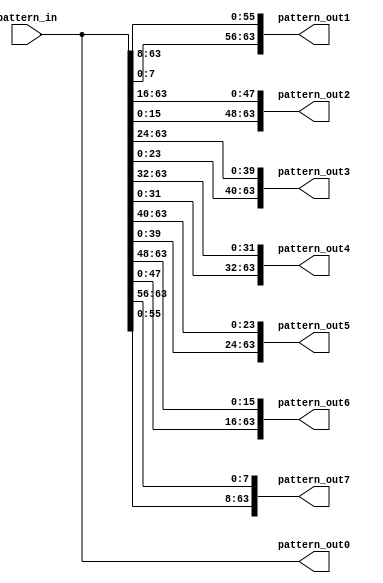
`timescale 1ns / 1ps
//////////////////////////////////////////////////////////////////////////////////
// Company: 
// Engineer: 
// 
// Design Name: 
// Module Name:    character_rotate 
// Project Name: 
// Target Devices: 
// Tool versions: 
// Description: 
//
// Dependencies: 
//
// Revision: 
// Revision 0.01 - File Created
// Additional Comments: 
//
//////////////////////////////////////////////////////////////////////////////////
module character_rotate(
    input [63:0] pattern_in,
    output [63:0] pattern_out0,
    output [63:0] pattern_out1,
    output [63:0] pattern_out2,
    output [63:0] pattern_out3,
    output [63:0] pattern_out4,
    output [63:0] pattern_out5,
    output [63:0] pattern_out6,
    output [63:0] pattern_out7
    );

		assign pattern_out0 = pattern_in[63:0];
		assign pattern_out1 = {pattern_in[7:0],pattern_in[63:8]};
		assign pattern_out2 = {pattern_in[15:0],pattern_in[63:16]};
		assign pattern_out3 = {pattern_in[23:0],pattern_in[63:24]};
		assign pattern_out4 = {pattern_in[31:0],pattern_in[63:32]};
		assign pattern_out5 = {pattern_in[39:0],pattern_in[63:40]};
		assign pattern_out6 = {pattern_in[47:0],pattern_in[63:48]};
		assign pattern_out7 = {pattern_in[55:0],pattern_in[63:56]};
	

endmodule